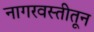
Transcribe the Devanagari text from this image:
नागरवस्तीतून